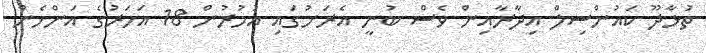
ތުޅާދޫ ކައުންސިލް އިދާރާއިން ވެސް ބުނީ އެރަށުގައި އުމުރުން 18 އަހަރުގެ އަންހެން